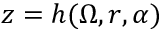
z = h ( \Omega , r , \alpha )